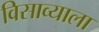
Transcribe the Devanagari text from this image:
विसाव्याला